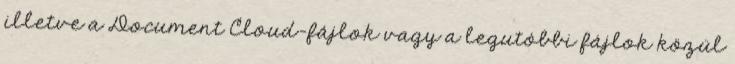
illetve a Document Cloud-fájlok vagy a legutóbbi fájlok közül